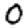
Digit: 0